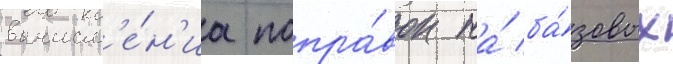
вычисл'е́н'иа попра́вок на́ ба́зовых